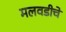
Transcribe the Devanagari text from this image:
मलवडीचे